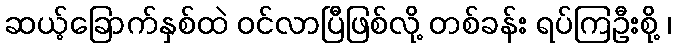
ဆယ့်ခြောက်နှစ်ထဲ ဝင်လာပြီဖြစ်လို့ တစ်ခန်း ရပ်ကြဦးစို့ ၊